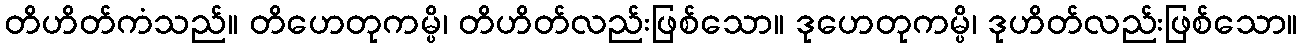
တိဟိတ်ကံသည်။ တိဟေတုကမ္ပိ၊ တိဟိတ်လည်းဖြစ်သော။ ဒုဟေတုကမ္ပိ၊ ဒုဟိတ်လည်းဖြစ်သော။